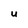
Character: U